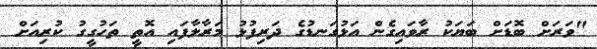
"ވަރަށް ބޮޑަށް ބަޔަކު ރާވައިގެން އަޅުގަނޑުގެ ދަރިފުޅު މަރާލާފައި އޮތީ ތަހުގީގު ކުރިއަށް